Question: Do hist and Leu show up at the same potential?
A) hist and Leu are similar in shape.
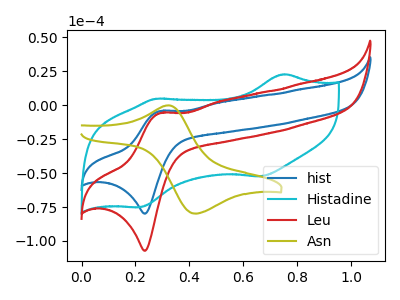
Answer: <think>The blue curve "hist" has an anodic peak at (0.30V, -4.35uA) and a cathodic peak at (0.25V, -79.90uA). The cyan curve "Histadine" has anodic peaks at (0.75V, 22.80uA) (0.30V, 4.80uA) and cathodic peaks at (0.65V, -52.45uA) (0.20V, -75.20uA). The red curve "Leu" has an anodic peak at (0.30V, -5.80uA) and a cathodic peak at (0.25V, -107.25uA). The olive curve "Asn" has an anodic peak at (0.30V, -0.10uA) and a cathodic peak at (0.40V, -79.80uA).
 All the peaks in "hist" have a peak in "Leu" at the same potential.</think>
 <answer>A) "hist" and "Leu" are similar in shape.</answer>
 <eval>A</eval>